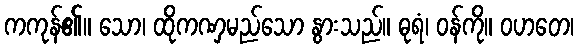
ကကုန်၏။ သော၊ ထိုကဏှမည်သော နွားသည်။ ဓုရံ၊ ဝန်ကို။ ဝဟတေ၊